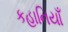
કહાનિયાઁ